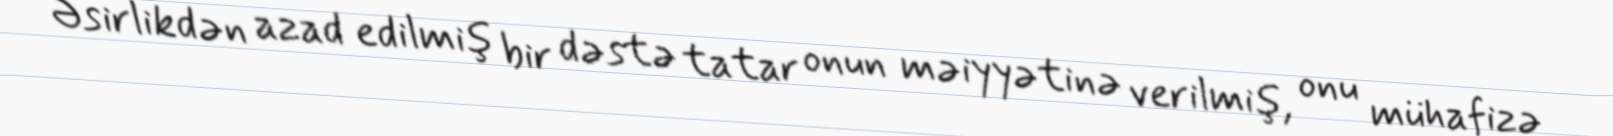
Əsirlikdən azad edilmiş bir dəstə tatar onun məiyyətinə verilmiş, onu mühafizə